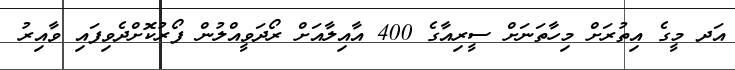
އަދ މީގެ އިތުރަށް މިހާތަނަށް ސީރިއާގެ 400 އާއިލާއަށް ރޯދަވީއްލުން ފޯރުކޮށްދެވިފައި ވާއިރު